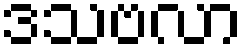
ဒသဗလာ